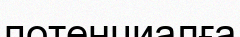
потенциалға